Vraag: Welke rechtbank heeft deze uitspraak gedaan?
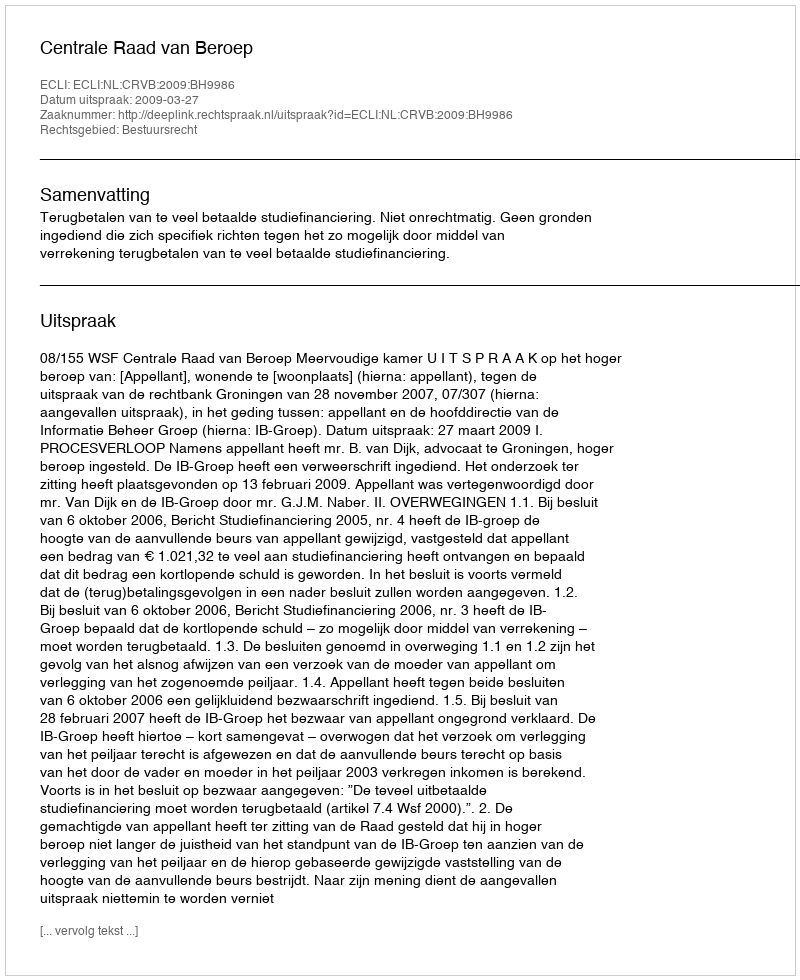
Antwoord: Centrale Raad van Beroep